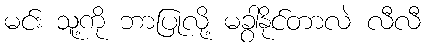
မင်း သူ့ကို ဘာပြုလို့ မခွာနိုင်တာလဲ လီလီ